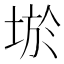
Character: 𡌧